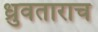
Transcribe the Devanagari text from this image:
ध्रुवताराच